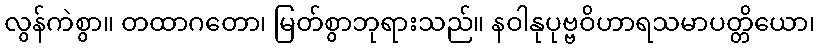
လွန်ကဲစွာ။ တထာဂတော၊ မြတ်စွာဘုရားသည်။ နဝါနုပုဗ္ဗဝိဟာရသမာပတ္တိယော၊